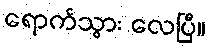
ရောက်သွား လေပြီ။